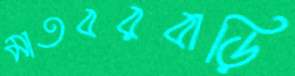
মাতবরবাড়ি